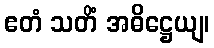
ဧတံ သတိံ အဓိဋ္ဌေယျ၊